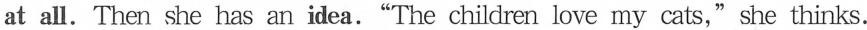
at all. Then she has an idea."The children love my cats,"she thinks.